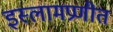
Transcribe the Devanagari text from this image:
इस्लामप्रणीत